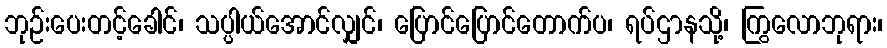
ဘုဉ်းပေးတင့်ခေါင်၊ သပ္ပါယ်အောင်လျှင်၊ ပြောင်ပြောင်တောက်ပ၊ ရပ်ဌာနသို့၊ ကြွလောဘုရား၊